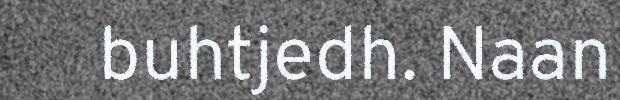
buhtjedh. Naan